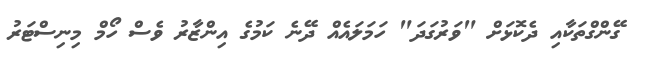
ގޭންގްތަކާއި ދެކޮޅަށް "ވަރުގަދަ" ހަމަލައެއް ދޭނެ ކަމުގެ އިންޒާރު ވެސް ހޯމް މިނިސްޓަރު